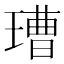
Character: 𱯞